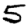
Digit: 5